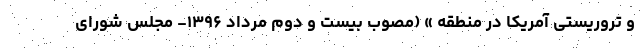
و تروریستی آمریکا در منطقه » (مصوب بیست و دوم مرداد ۱۳۹۶- مجلس شورای